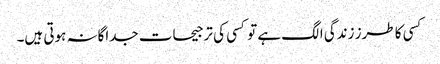
کسی کا طرز زندگی الگ ہے تو کسی کی ترجیحات جداگانہ ہوتی ہیں۔